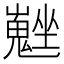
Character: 𡓮